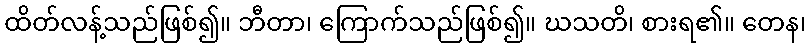
ထိတ်လန့်သည်ဖြစ်၍။ ဘီတာ၊ ကြောက်သည်ဖြစ်၍။ ဃသတိ၊ စားရ၏။ တေန၊